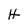
Character: H